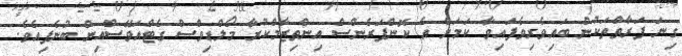
ގިނަ ފަރާތްތަކުން ބައިވެރިވެފައިވާ ކަމަށް އެ ކޮންފަރެންސް އިންތިޒާމްކުރާ މޯލްޑިވްސް ގެޓްއަވޭސްއިން ބުނެފިއެވެ.